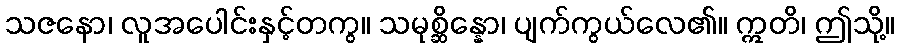
သဇနော၊ လူအပေါင်းနှင့်တကွ။ သမုစ္ဆိန္နော၊ ပျက်ကွယ်လေ၏။ ဣတိ၊ ဤသို့။